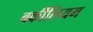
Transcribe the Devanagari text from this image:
बर्कीलियम